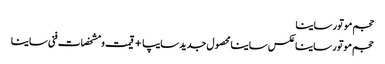
حجم موتور ساینا
حجم موتور ساینا	عکس ساینا محصول جدید سایپا +قیمت و مشخصات فنی ساینا